Vaccine operations Central Provinces 1868-1885 - 1868-1885
Year: 1868
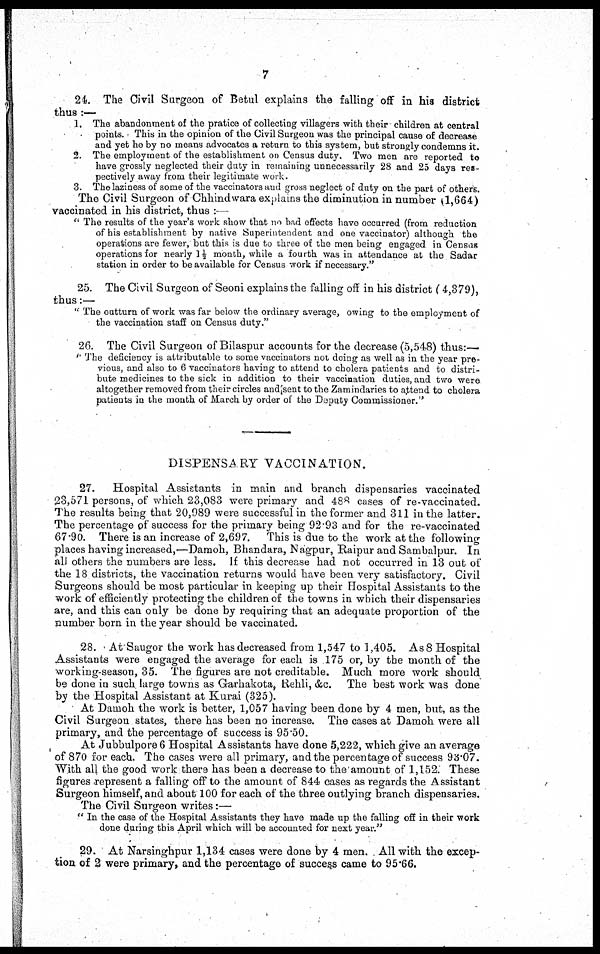
7
24. The Civil Surgeon of Betul explains the falling off in his district
thus :—
1. The abandonment of the pratice of collecting villagers with their- children at central
points. This in the opinion of the Civil Surgeon was the principal cause of decrease
and yet he by no means advocates a return to this system, but strongly condemns it.
2. The employment of the establishment on Census duty. Two men are reported to
have grossly neglected their duty in remaining unnecessarily 28 and 25 days res-
pectively away from their legitimate work.
3. The laziness of some of the vaccinators and gross neglect of duty on the part of others.
The Civil Surgeon of Chhindwara explains the diminution in number (1,664)
vaccinated in his district, thus :—
" The results of the year's work show that no bad effects have occurred (from reduction
of his establishment by native Superintendent and one vaccinator) although the
operations are fewer, but this is due to three of the men being engaged in Census
operations for nearly 1½ month, while a fourth was in attendance at the Sadar
station in order to be available for Census work if necessary."
25. The Civil Surgeon of Seoni explains the falling off in his district ( 4,379),
thus:—
" The outturn of work was far below the ordinary average, owing to the employment of
the vaccination staff on Census duty."
26. The Civil Surgeon of Bilaspur accounts for the decrease (5,548) thus:—
" The deficiency is attributable to some vaccinators not doing as well as in the year pre-
vious, and also to 6 vaccinators having to attend to cholera patients and to distri-
bute medicines to the sick in addition to their vaccination duties, and two were
altogether removed from their circles and sent to the Zamindaries to attend to cholera
patients in the month of March by order of the Deputy Commissioner."
DISPENSARY VACCINATION.
27.
Hospital Assistants in main and branch dispensaries vaccinated
23,571 persons, of which 23,083 were primary and 488 cases of re-vaccinated.
The results being that 20,989 were successful in the former and 311 in the latter.
The percentage of success for the primary being 92.93 and for the re-vaccinated
67.90. There is an increase of 2,697.
This is due to the work at the following
places having increased, —Damoh, Bhandara, Nagpur, Raipur and Sambalpur. In
all others the numbers are less. If this decrease had not occurred in 13 out of
the 18 districts, the vaccination returns would have been very satisfactory. Civil
Surgeons should be most particular in keeping up their Hospital Assistants to the
work of efficiently protecting the children of the towns in which their dispensaries
are, and this can only be done by requiring that an adequate proportion of the
number born in the year should be vaccinated.
28. At Saugor the work has decreased from 1,547 to 1,405. As 8 Hospital
Assistants were engaged the average for each is 175 or, by the month of the
working-season, 35. The figures are not creditable. Much more work should
be done in such large towns as Garhakota, Rehli, &c. The best work was done
by the Hospital Assistant at Kurai (325).
At Damoh the work is better, 1,057 having been done by 4 men, but, as the
Civil Surgeon states, there has been no increase. The cases at Damoh were all
primary, and the percentage of success is 95.50.
At Jubbulpore 6 Hospital Assistants have done 5,222, which give an average
of 870 for each. The cases were all primary, and the percentage of success 93.07.
With all the good work there has been a decrease to the amount of 1,152. These
figures represent a falling off to the amount of 844 cases as regards the Assistant
Surgeon himself, and about 100 for each of the three outlying branch dispensaries.
The Civil Surgeon writes:—
" In the case of the Hospital Assistants they have made up the falling off in their work
done during this April which will be accounted for next year."
29. At Narsinghpur 1,134 cases were done by 4 men. All with the excep-
tion of 2 were primary, and the percentage of success came to 95.66.